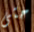
حتى